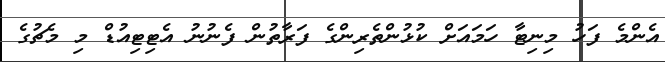
އެންމެ ފަހު މިނިޓާ ހަމައަށް ކުޅުންތެރިންގެ ފަރާތުން ފެނުނު އެޓިޓިއުޑް މި މެޗުގެ